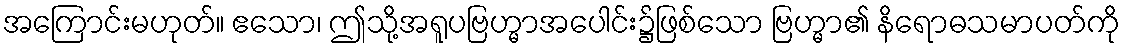
အကြောင်းမဟုတ်။ ဧသော၊ ဤသို့အရူပဗြဟ္မာအပေါင်း၌ဖြစ်သော ဗြဟ္မာ၏ နိရောဓသမာပတ်ကို